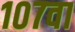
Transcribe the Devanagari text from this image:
१०७वा